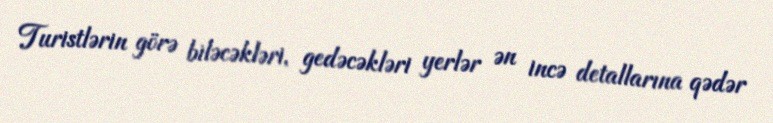
Turistlərin görə biləcəkləri, gedəcəkləri yerlər ən incə detallarına qədər